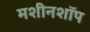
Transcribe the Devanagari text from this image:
मशीनशॉप